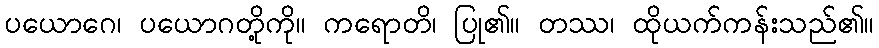
ပယောဂေ၊ ပယောဂတို့ကို။ ကရောတိ၊ ပြု၏။ တဿ၊ ထိုယက်ကန်းသည်၏။